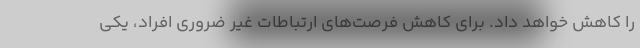
را کاهش خواهد داد. برای کاهش فرصت‌های ارتباطات غیر ضروری افراد، یکی